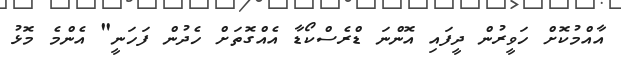
އާއްމުކޮށް ހަވީރުން ދީފައި އޮންނަ ޑްރެސްކޯޑާ އެއްގޮތަށް ހެދުން ފަހަނީ" އެންމެ މޮޅު